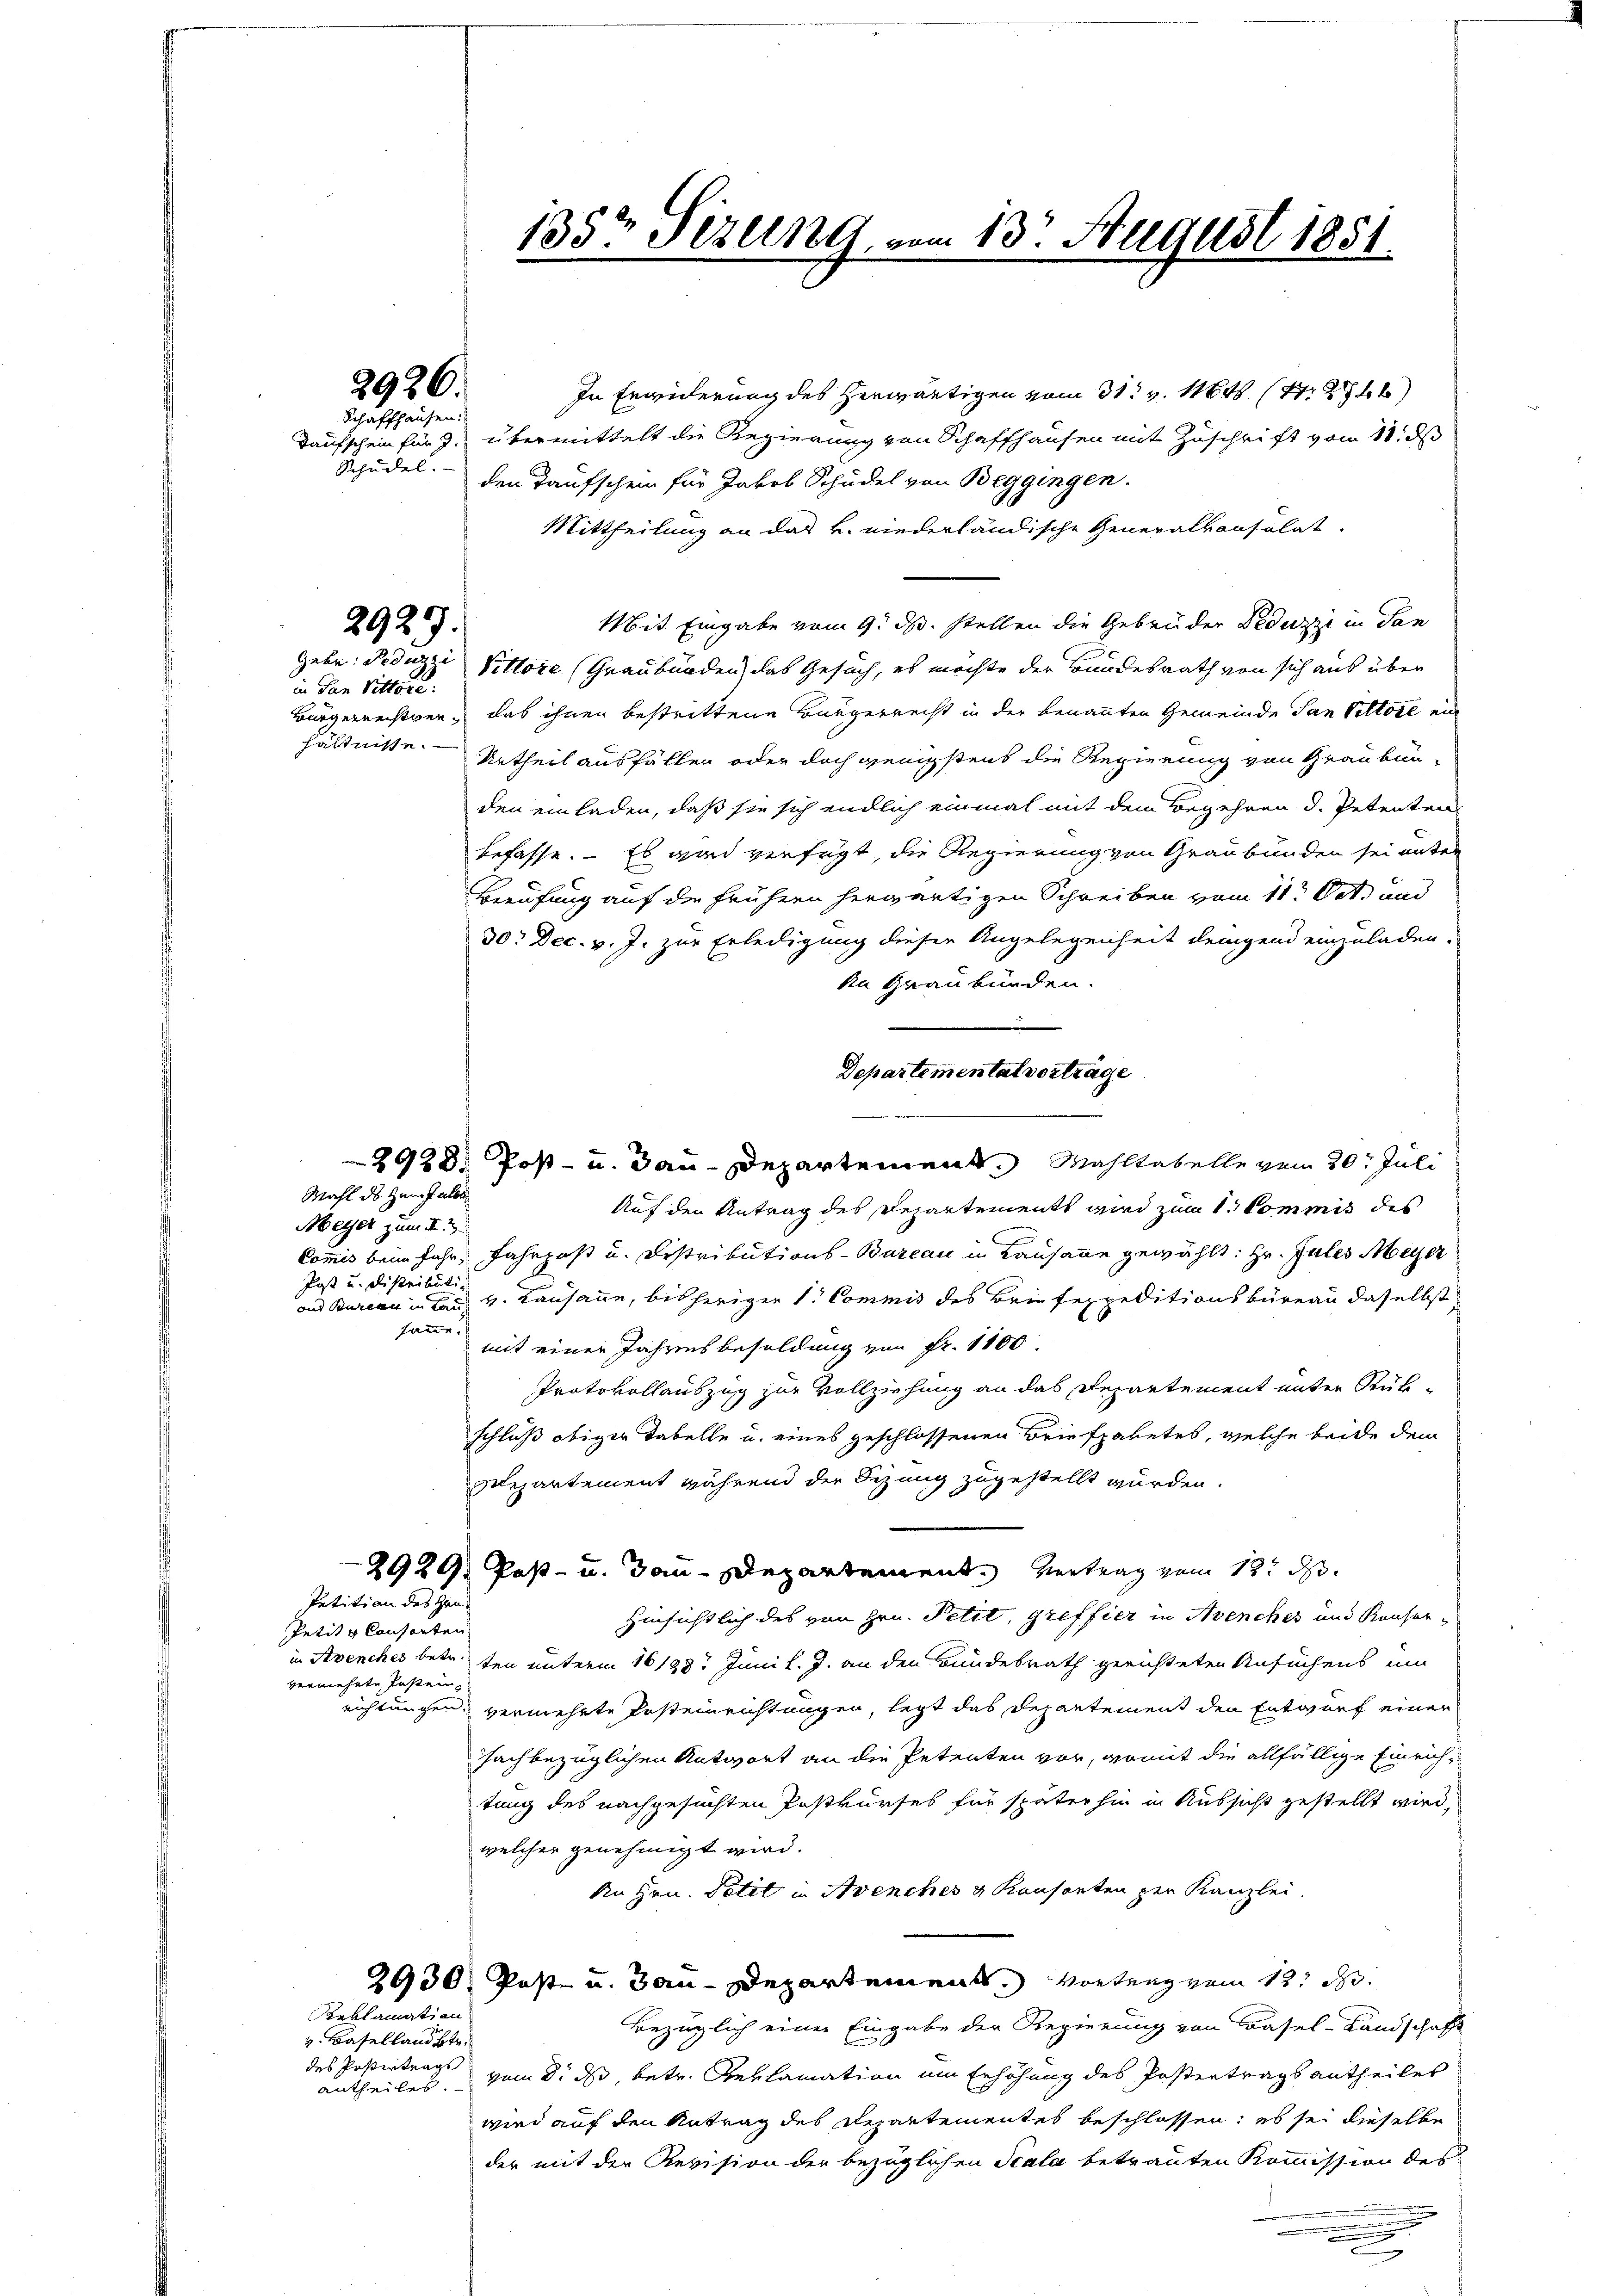
2936.

Schaffhausen.
Schüdel.

2925.

in den Vittore.
hältnisse.

Meyer zum II. 2
Post u. distributi-
und Bureau in Lau
fanne.

Petit Consorten
vermehrte Fasten,

Mahl des Haushalbe

Petition des Gen

Reklamation

v. Baselland bte.
des Postertrags
antheilet.

135 Sizung

m 13. August 1851.

In Erwiderung des herwärtigen vom 31. v. Mts. 147. 284
Taufschein fung übermittelt die Regierung von Schaffhausen mit Zuschrift vom 18. ds
den Taufschein für Jakob Schüdel von Beggingen.
Mittheilung an das k. niederländische Generalkonsulat
Mit Eingabe vom 9. ds. stellen die Gebrüder Deduzzi in San
Gebe: Peduzzi Pittore (Graubünden) das Gesuch, es möchte der Bundesrath von sich aus über
Bürgerrechten, das ihnen bestrittene Bürgerrecht in der benannten Gemeinde San Peltore en
Urtheil ausfällen oder doch wenigstens die Regierung von Graubun-
den einladen, daß sie sich endlich einmal mit dem Begehren d. Petenten
befasse. – Es wird verfügt, die Regierung von Graubünden sei unter
Berufung auf die frühern herwärtigen Schreiben vom 11t Oct. und
30: Dec. v. J. zur Erledigung dieser Angelegenheit dengend einzuladen.
ka Graubünden.
Departemental vortrage
2928. Post- u. Bau-Departement. Wahllabelle vom 20. Juli
Auf den Antrag des Departements wird zum 1. Commis des
Commis beim Jahr, Fahrpost u. Distributions-Bureau in Lausanne gewählt: Hr. Jules Meyer
v. Lausanne, bisherigen 1. Commis des Briefespeditionsbüreau daselbst
mit einer Jahrensbesoldung von Fr. 1100
Protokollauszug zur Vollziehung an das Departement unter Rükschluß obiger Tabelle u. eines geschlossenen Briefpaketes, welche beide dem
Departement während der Sezung zugestellt wurden.
2929. Post- u. dan Departement. Vertrag zum 12. d.
Hinsichtlich des von Hrn. Petit, greffier in Avenches und Konserin Avenches betr. ten unterm 16/23t Juni l. J. an den Bundesrath gerichteten Ansuchens um
richtungen, vermehrte Posteinrichtungen, legt das Departement den Entwurf einer
sachbezüglichen Antwort an die Petenten vor, womit die allfällige Einrichtung des nachgesuchten Postkurses für späterhin in Aussicht gestellt wird,
welcher genehmigt wird.
An Hrn. Petit in Avenches u Konsorten per Kanzlei
2930, Post u. Bau-Departement. Vortrag zum 12. d.
Bezüglich einer Eingabe der Regierung von Basel-Landschafft
vom 8. ds, betr. Reklamation am Erhöhung des Postertrags antheilet
wird auf den Antrag des Departementes beschlossen: es sei dieselbe
der mit der Revision der bezüglichen Scala betrauten Kommission des
.
.
e